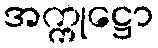
အက္ကုဋ္ဌော